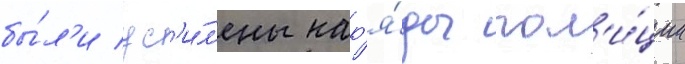
бы́л'и ус'и́л'ены нар'я́ды пол'и́ции